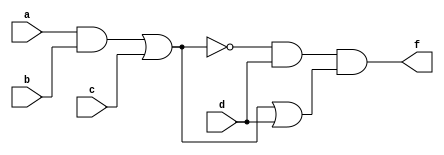
module Q1ii(a,b,c,d,f);
	input a,b,c,d;
	output f;
	assign f = ((!((a&b)|c))&d)&(((a&b)|c)|d);
endmodule